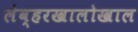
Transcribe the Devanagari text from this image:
लेव्हरखालोखाल